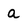
Character: a